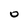
Character: O